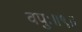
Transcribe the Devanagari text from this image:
वपुः॥९॥